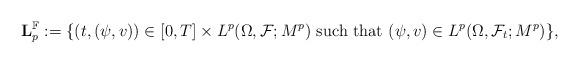
LaTeX: \begin{align*} \mathbf L^{\mathbb F}_p:=\{(t,(\psi,v))\in [0,T]\times L^p(\Omega,\mathcal F;M^p)\textnormal{ such that } (\psi,v)\in L^p(\Omega,\mathcal F_t;M^p) \},\end{align*}